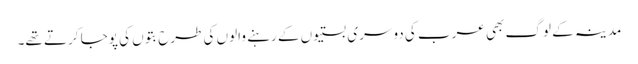
مدینہ کے لوگ بھی عرب کی دوسری بستیوں کے رہنے والوں کی طرح بتوں کی پوجا کرتے تھے۔